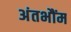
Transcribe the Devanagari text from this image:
अंतभौंम